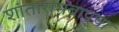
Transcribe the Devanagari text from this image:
शांतारामबापूचा